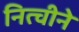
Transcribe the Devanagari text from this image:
नित्चीने